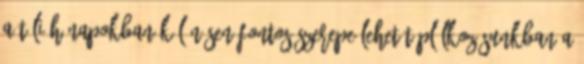
A téli hónapokban különösen fontos szerepe lehet táplálkozásunkban a